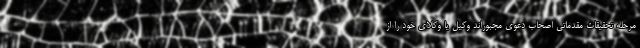
مرحله تحقیقات مقدماتی اصحاب دعوی مجبوراند وکیل یا وکلای خود را از